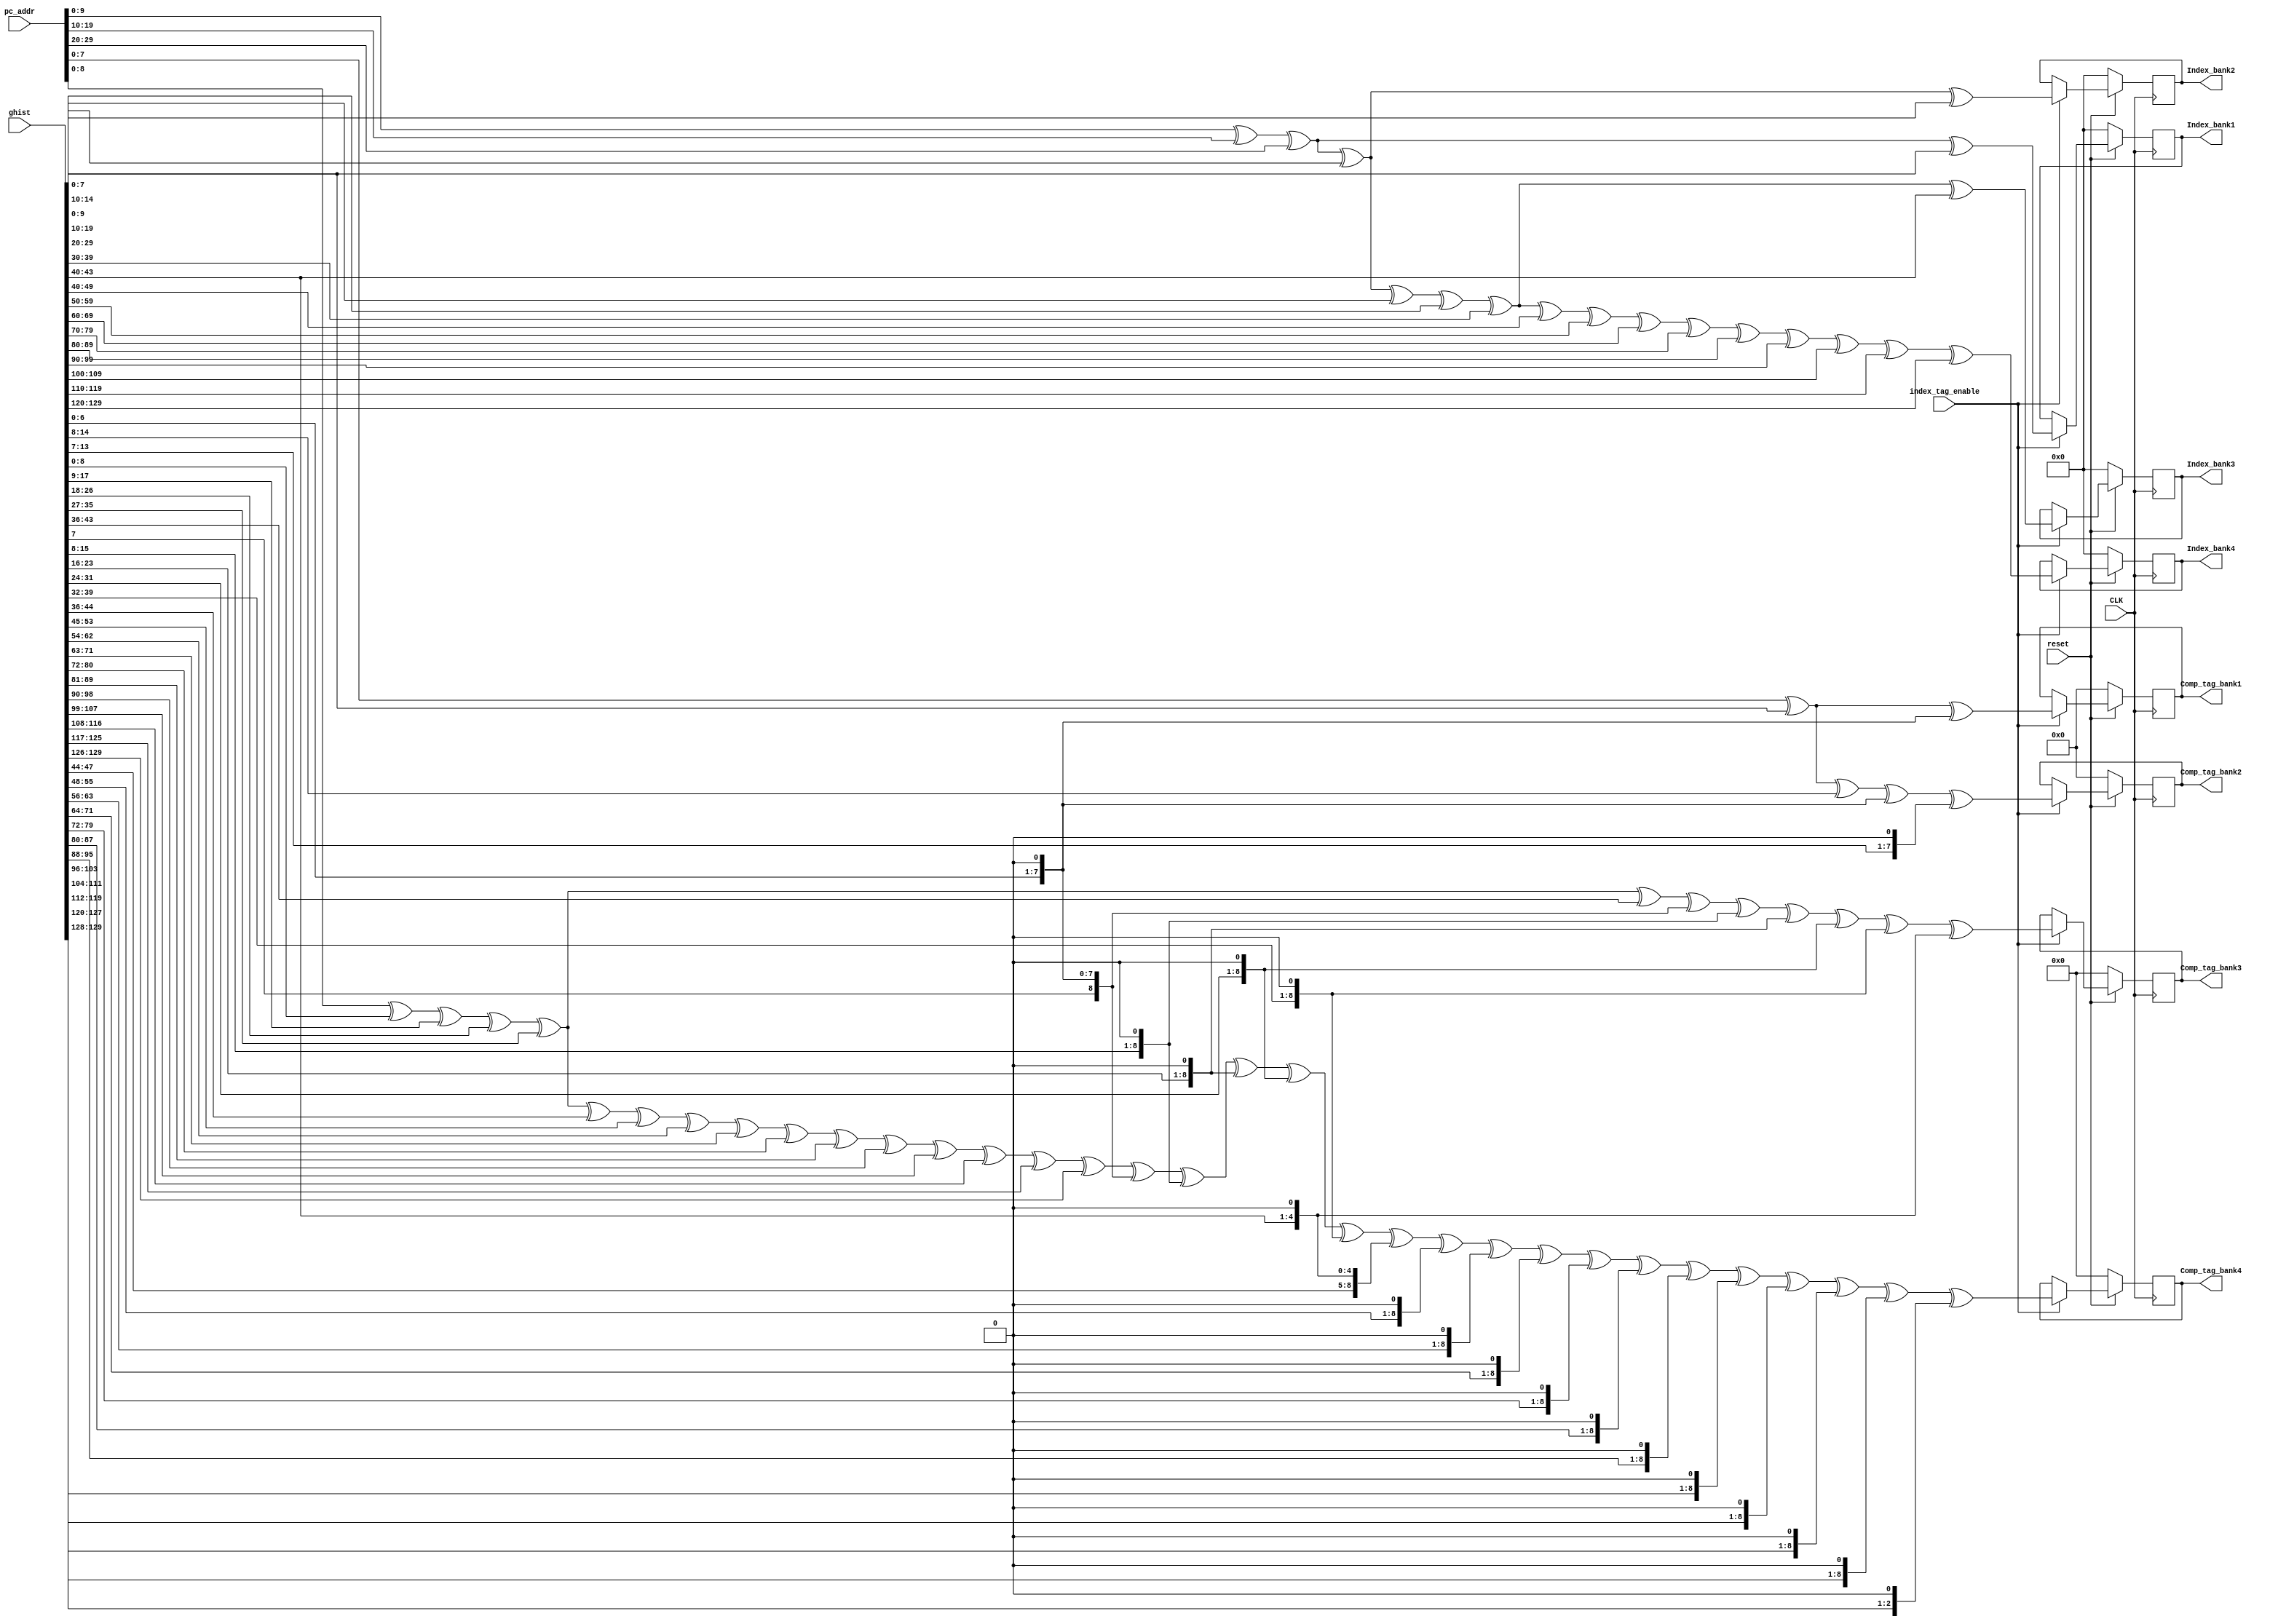
`timescale 1ns / 1ps

//This is for Model 2 with tag length 8 and 9

module Index_Tag_Generator(CLK,reset,ghist,pc_addr, Index_bank1,Index_bank2,
							Index_bank3, Index_bank4,
							Comp_tag_bank1, Comp_tag_bank2, Comp_tag_bank3
							,Comp_tag_bank4, index_tag_enable);
							
	//parameter HistLen_Bank1=8;
	//parameter HistLen_Bank2=15;
	//parameter HistLen_Bank3=44;
	//parameter HistLen_Bank4=130;
	
	parameter GlobLen=131;	//This is the global history length
	
	//parameter OutLen1=0 ; 	//this is the length that will be thrown out at the end and wont be used...HistLen%OutLen
	//parameter OutLen2=7 ;
	//parameter OutLen3=4 ;
	//parameter OutLen4=2;
	parameter ADDRESS_SIZE=32;	//length of the program counter
	parameter tag_len=8;	//length of the tag used
	parameter IL=10;		//Index size ie number of addresses...this is like the compressed length

							
	input CLK,reset;
	input [GlobLen-1:0] ghist;
	input [ADDRESS_SIZE - 1:0] pc_addr;
	input index_tag_enable;
	
	output reg [tag_len-1 : 0] Comp_tag_bank1, Comp_tag_bank2;
	output reg [tag_len : 0] Comp_tag_bank3, Comp_tag_bank4;
	output reg [IL-1 : 0] Index_bank1, Index_bank2, Index_bank3, Index_bank4;
	
		always @(posedge CLK) begin
		if(reset==1'b0)begin
			Comp_tag_bank1<={tag_len{1'b0}};
			Comp_tag_bank2<={tag_len{1'b0}};
			Comp_tag_bank3<={9{1'b0}};
			Comp_tag_bank4<={9{1'b0}};
			Index_bank1<={IL{1'b0}};
			Index_bank2<={IL{1'b0}};
			Index_bank3<={IL{1'b0}};
			Index_bank4<={IL{1'b0}};
			
		end
		else if(index_tag_enable==1'b1) begin
			//compute index
			
			Index_bank1<=(pc_addr[9:0])^(pc_addr[19:10])^(pc_addr[29:20])^({2'b00,{ghist[7:0]}});
			Index_bank2<=(pc_addr[9:0])^(pc_addr[19:10])^(pc_addr[29:20])^(ghist[9:0])^({5'b0000,{ghist[14:10]}});
			Index_bank3<=(pc_addr[9:0])^(pc_addr[19:10])^(pc_addr[29:20])^(ghist[9:0])^(ghist[19:10])^(ghist[29:20])^(ghist[39:30])^({6'b000000,{ghist[43:40]}});
			Index_bank4<=(pc_addr[9:0])^(pc_addr[19:10])^(pc_addr[29:20])^(ghist[9:0])^(ghist[19:10])^(ghist[29:20])^(ghist[39:30])
							^(ghist[49:40])^(ghist[59:50])^(ghist[69:60])^(ghist[79:70])^(ghist[89:80])^(ghist[99:90])^(ghist[109:100])
							^(ghist[119:110])^(ghist[129:120]); 
							 
			//compute tag 
		    Comp_tag_bank1<=(pc_addr[7:0])^ghist[7:0] ^({ghist[6:0],1'b0});
            Comp_tag_bank2<=(pc_addr[7:0])^(ghist[7:0])^({1'b0,ghist[14:8]})^({ghist[6:0],1'b0})^({ghist[13:7],1'b0});
            Comp_tag_bank3<=(pc_addr[8:0])^(ghist[8:0])^(ghist[17:9])^(ghist[26:18])^(ghist[35:27])^({1'b0,ghist[43:36]})
							^({ghist[7:0],1'b0})^({ghist[15:8],1'b0})^({ghist[23:16],1'b0})^({ghist[31:24],1'b0})
							^({ghist[39:32],1'b0})^({4'h0,ghist[43:40],1'b0});
            Comp_tag_bank4<=(pc_addr[8:0])^(ghist[8:0])^(ghist[17:9])^(ghist[26:18])^(ghist[35:27])^(ghist[44:36])^(ghist[53:45])
                            ^(ghist[62:54])^(ghist[71:63])^(ghist[80:72])^(ghist[89:81])^(ghist[98:90])^(ghist[107:99])^(ghist[116:108])
                            ^(ghist[125:117])^({5'b0,ghist[129:126]})
							^({ghist[7:0],1'b0})^({ghist[15:8],1'b0})^({ghist[23:16],1'b0})^({ghist[31:24],1'b0})^({ghist[39:32],1'b0})
							^({ghist[47:40],1'b0})^({ghist[55:48],1'b0})^({ghist[63:56],1'b0})^({ghist[71:64],1'b0})^({ghist[79:72],1'b0})
							^({ghist[87:80],1'b0})^({ghist[95:88],1'b0})^({ghist[103:96],1'b0})^({ghist[111:104],1'b0})^({ghist[119:112],1'b0})
							^({ghist[127:120],1'b0})^({6'b000000,ghist[129:128],1'b0});
		
		end
		else begin
			Index_bank2<=Index_bank1;
			Index_bank2<=Index_bank2;
			Index_bank3<=Index_bank3;
			Index_bank4<=Index_bank4;
			Comp_tag_bank1<=Comp_tag_bank1;
			Comp_tag_bank2<=Comp_tag_bank2;
			Comp_tag_bank3<=Comp_tag_bank3;
			Comp_tag_bank4<=Comp_tag_bank4;
		end

		
	end
	
endmodule